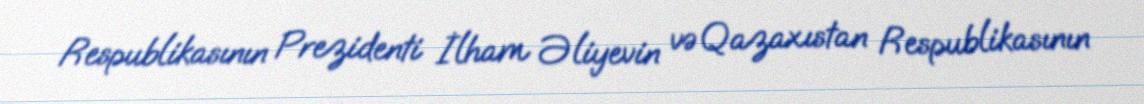
Respublikasının Prezidenti İlham Əliyevin və Qazaxıstan Respublikasının